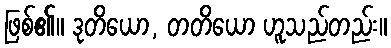
ဖြစ်၏။ ဒုတိယော, တတိယော ဟူသည်တည်း။